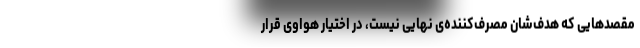
مقصدهایی که هدف‌شان مصرف‌کننده‌ی نهایی نیست، در اختیار هواوی قرار